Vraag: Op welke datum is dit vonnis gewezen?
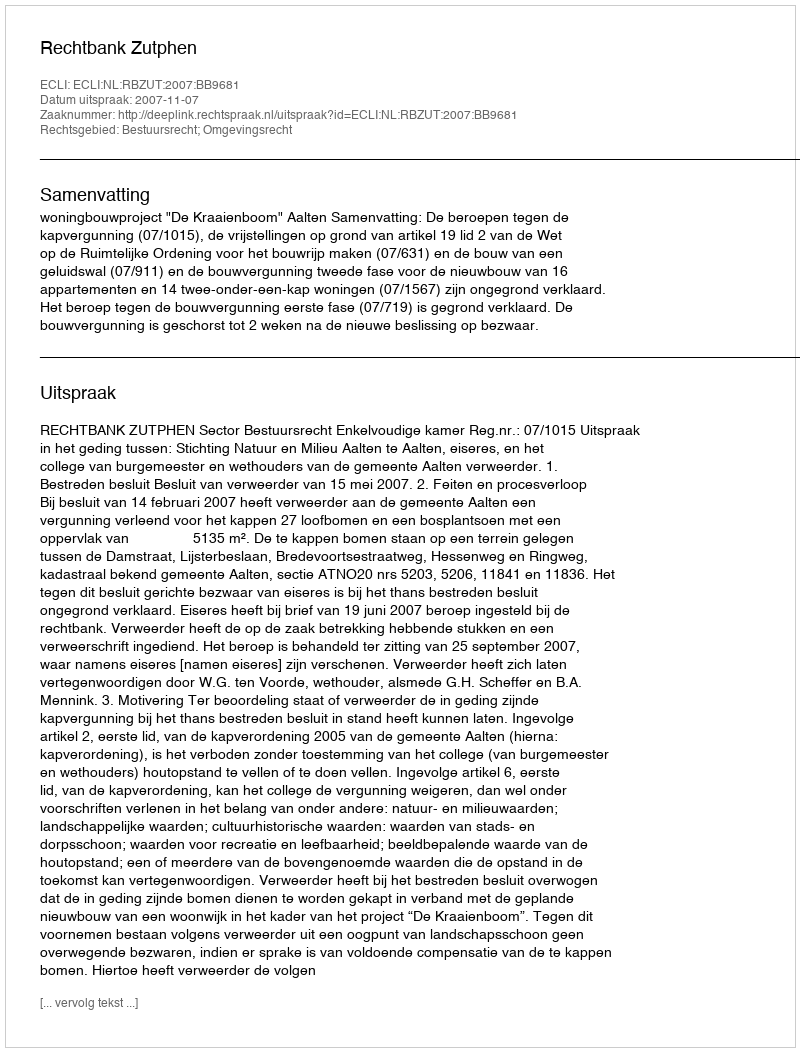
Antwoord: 2007-11-07